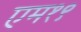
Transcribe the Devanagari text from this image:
एम१९